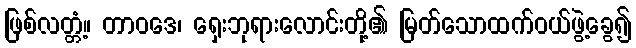
ဖြစ်လတ္တံ့။ တာဝဒေ၊ ရှေးဘုရားလောင်းတို့၏ မြတ်သောထက်ဝယ်ဖွဲ့ခွေ၍